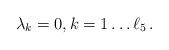
LaTeX: \begin{align*}\lambda_k = 0, k=1 \ldots \ell_5\,.\end{align*}